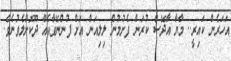
އަހަރެން ކައިރީ.. މާޔާ އާދޭސް ކުރަން ފެށުމުން ލިލިއަން އަށް ފުންނޭވާއެއް ދޫކޮށްލެވުނެވެ.